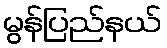
မွန်ပြည်နယ်